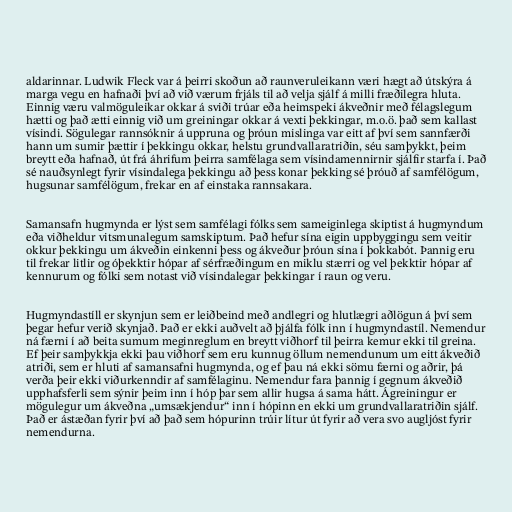
aldarinnar. Ludwik Fleck var á þeirri skoðun að raunveruleikann væri hægt að útskýra á
marga vegu en hafnaði því að við værum frjáls til að velja sjálf á milli fræðilegra hluta.
Einnig væru valmöguleikar okkar á sviði trúar eða heimspeki ákveðnir með félagslegum
hætti og það ætti einnig við um greiningar okkar á vexti þekkingar, m.o.ö. það sem kallast
vísindi. Sögulegar rannsóknir á uppruna og þróun mislinga var eitt af því sem sannfærði
hann um sumir þættir í þekkingu okkar, helstu grundvallaratriðin, séu samþykkt, þeim
breytt eða hafnað, út frá áhrifum þeirra samfélaga sem vísindamennirnir sjálfir starfa í. Það
sé nauðsynlegt fyrir vísindalega þekkingu að þess konar þekking sé þróuð af samfélögum,
hugsunar samfélögum, frekar en af einstaka rannsakara.

Samansafn hugmynda er lýst sem samfélagi fólks sem sameiginlega skiptist á hugmyndum
eða viðheldur vitsmunalegum samskiptum. Það hefur sína eigin uppbyggingu sem veitir
okkur þekkingu um ákveðin einkenni þess og ákveður þróun sína í þokkabót. Þannig eru
til frekar litlir og óþekktir hópar af sérfræðingum en miklu stærri og vel þekktir hópar af
kennurum og fólki sem notast við vísindalegar þekkingar í raun og veru.

Hugmyndastíll er skynjun sem er leiðbeind með andlegri og hlutlægri aðlögun á því sem
þegar hefur verið skynjað. Það er ekki auðvelt að þjálfa fólk inn í hugmyndastíl. Nemendur
ná færni í að beita sumum meginreglum en breytt viðhorf til þeirra kemur ekki til greina.
Ef þeir samþykkja ekki þau viðhorf sem eru kunnug öllum nemendunum um eitt ákveðið
atriði, sem er hluti af samansafni hugmynda, og ef þau ná ekki sömu færni og aðrir, þá
verða þeir ekki viðurkenndir af samfélaginu. Nemendur fara þannig í gegnum ákveðið
upphafsferli sem sýnir þeim inn í hóp þar sem allir hugsa á sama hátt. Ágreiningur er
mögulegur um ákveðna „umsækjendur“ inn í hópinn en ekki um grundvallaratriðin sjálf.
Það er ástæðan fyrir því að það sem hópurinn trúir lítur út fyrir að vera svo augljóst fyrir
nemendurna.